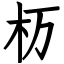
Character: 杤